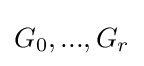
G_{0},...,G_{r}